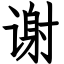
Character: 谢